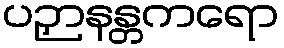
ပဉှာနန္တကရော